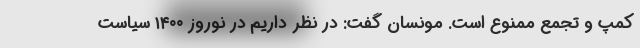
کمپ و تجمع ممنوع است. مونسان گفت: در نظر داریم در نوروز ۱۴۰۰ سیاست